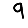
Digit: 9